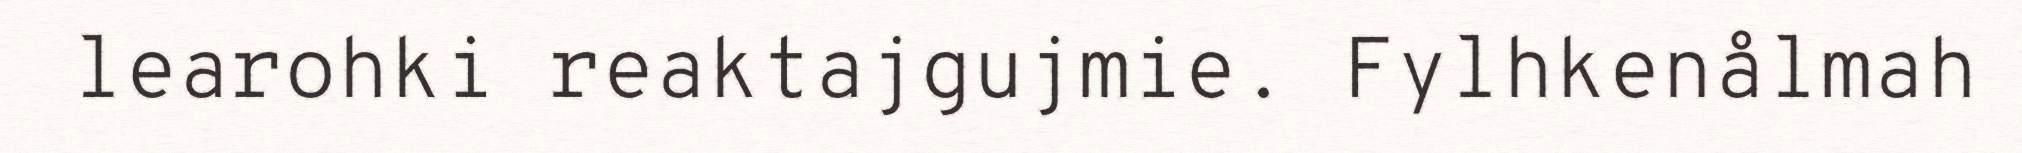
learohki reaktajgujmie. Fylhkenålmah